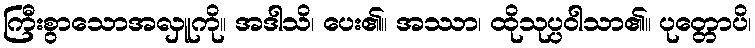
ကြီးစွာသောအလှူကို။ အဒါသိ၊ ပေး၏။ အဿာ၊ ထိုသုပ္ပဝါသာ၏။ ပုတ္တောပိ၊